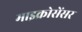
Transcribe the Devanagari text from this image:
माइक्रोसेंसर